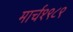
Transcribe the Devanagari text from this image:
मार्च१९८९